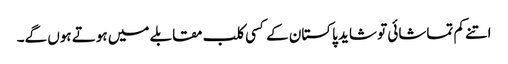
اتنے کم تماشائی تو شاید پاکستان کے کسی کلب مقابلے میں ہوتے ہوں گے۔